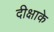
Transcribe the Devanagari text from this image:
दीक्षाके